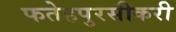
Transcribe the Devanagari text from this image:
फतेहपुरसीकरी